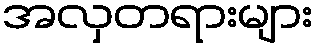
အလှတရားများ